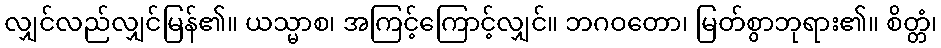
လျှင်လည်လျှင်မြန်၏။ ယသ္မာစ၊ အကြင့်ကြောင့်လျှင်။ ဘဂဝတော၊ မြတ်စွာဘုရား၏။ စိတ္တံ၊